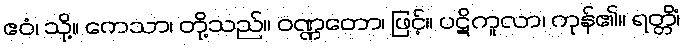
ဧဝံ၊ သို့။ ကေသာ၊ တို့သည်။ ဝဏ္ဏတော၊ ဖြင့်။ ပဋိကူလာ၊ ကုန်၏။ ရတ္တိံ၊